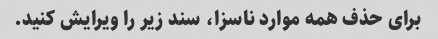
برای حذف همه موارد ناسزا، سند زیر را ویرایش کنید.